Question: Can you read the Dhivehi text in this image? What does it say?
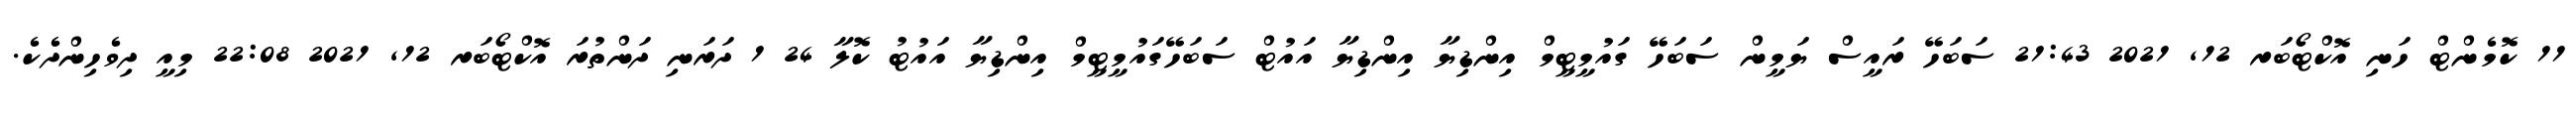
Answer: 11 ކޮމެންޓް ހަނި އޮކްޓޯބަރ 12, 2021 21:43 ސަބަހޭ ރައީސް ޔަމީން ސަބަހޭ ގައުމީޓީމް އިންޑިޔާ އިންޑިޔާ އައުޓް ސަބަހޭގައުމީޓީމް އިންޑިޔާ އައުޓު ކޮލާ 24 1 ދަރަނި ދަންތުރަ އޮކްޓޯބަރ 12, 2021 22:08 މިއީ ދިވެހިންދެކެ.